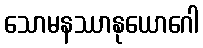
သောမနဿာနုယောဂေါ